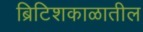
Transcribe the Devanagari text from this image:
ब्रिटिशकाळातील